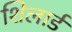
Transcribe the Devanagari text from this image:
शिलार्ड